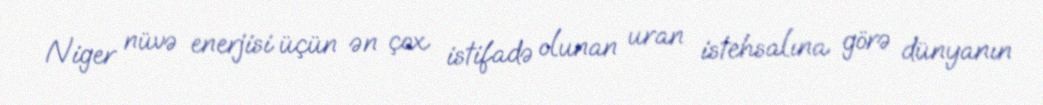
Niger nüvə enerjisi üçün ən çox istifadə olunan uran istehsalına görə dünyanın